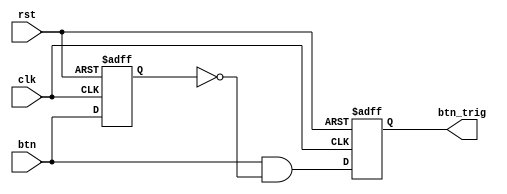
`timescale 1ns / 1ps
//////////////////////////////////////////////////////////////////////////////////
// Company: 
// Engineer: 
// 
// Design Name: 
// Module Name: oneshot
// Project Name: 
// Target Devices: 
// Tool Versions: 
// Description: 
// 
// Dependencies: 
// 
// Revision:
// Revision 0.01 - File Created
// Additional Comments:
// 
//////////////////////////////////////////////////////////////////////////////////


module oneshot(clk, rst, btn, btn_trig);

input clk, rst, btn;
reg btn_reg;
output reg btn_trig;

always @(negedge rst or posedge clk) begin
    if(!rst) begin
        btn_reg <= 0;
        btn_trig <= 0;
    end
    else begin
        btn_reg <= btn;
        btn_trig <= btn & ~btn_reg;
    end
end

endmodule